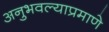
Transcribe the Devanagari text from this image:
अनुभवल्याप्रमाणे